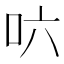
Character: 𠯿